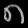
Digit: ၈